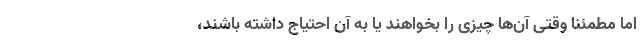
اما مطمئناً وقتی آن‌ها چیزی را بخواهند یا به آن احتیاج داشته باشند،